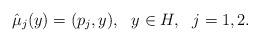
LaTeX: \begin{align*}\hat\mu_j(y)=(p_j, y), \ \ y\in H, \ \ j=1, 2.\end{align*}